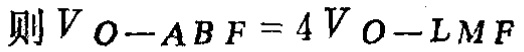
则 \(V_{O - ABF} = 4V_{O - LMF}\)